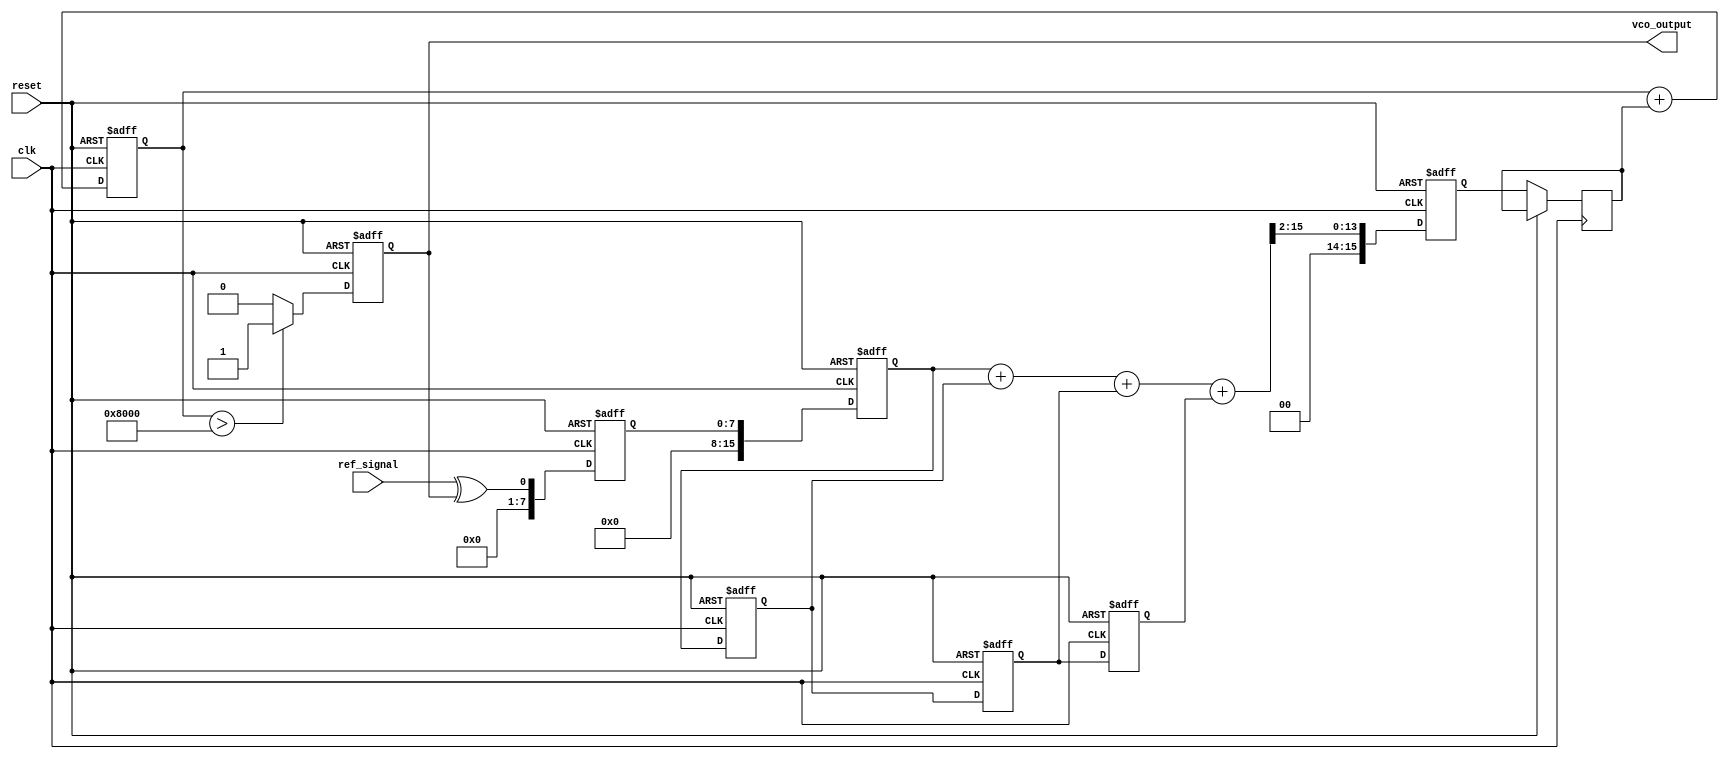
module MemoryBlocksPLL (
    input wire clk,               // System clock
    input wire reset,             // Reset signal
    input wire ref_signal,        // Reference signal input
    output reg vco_output         // Output from the VCO
);

// Parameters for the PLL
parameter N = 8;                 // Number of memory blocks
parameter LPF_TAPS = 4;         // Number of taps in the LPF

// Internal signals
reg [N-1:0] phase_error;         // Phase error signal
reg [15:0] lpf_output;           // LPF output
reg [15:0] vco_control;          // Control voltage for VCO
reg [15:0] vco_counter;          // VCO counter for frequency generation

// Memory blocks for storing intermediate values
reg [15:0] memory_blocks [0:LPF_TAPS-1]; 

// Phase Detector (PD)
always @(posedge clk or posedge reset) begin
    if (reset) begin
        phase_error <= 0;
    end else begin
        // Simple XOR Phase Detector
        phase_error <= ref_signal ^ vco_output;
    end
end

// Low Pass Filter (LPF)
integer i;
always @(posedge clk or posedge reset) begin
    if (reset) begin
        lpf_output <= 0;
        // Initialize memory blocks
        for (i = 0; i < LPF_TAPS; i = i + 1) begin
            memory_blocks[i] <= 0;
        end
    end else begin
        // Shift memory blocks
        for (i = LPF_TAPS-1; i > 0; i = i - 1) begin
            memory_blocks[i] <= memory_blocks[i-1];
        end
        // Store current phase error in the first block
        memory_blocks[0] <= phase_error;

        // Calculate LPF output (simple moving average)
        lpf_output <= (memory_blocks[0] + memory_blocks[1] + memory_blocks[2] + memory_blocks[3]) >> 2;
    end
end

// Voltage-Controlled Oscillator (VCO)
always @(posedge clk or posedge reset) begin
    if (reset) begin
        vco_counter <= 0;
        vco_output <= 0;
    end else begin
        // Control the VCO frequency based on LPF output
        vco_control <= lpf_output;
        vco_counter <= vco_counter + vco_control; // Increment by control voltage
        vco_output <= (vco_counter[15:0] > 16'h8000) ? 1'b1 : 1'b0; // Simple frequency toggle
    end
end

endmodule